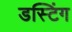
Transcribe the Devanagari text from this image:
डस्टिंग